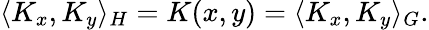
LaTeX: \langle K_{x},K_{y}\rangle_{H}=K(x,y)=\langle K_{x},K_{y}\rangle_{G}.